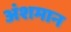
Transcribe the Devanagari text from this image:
अंशमान